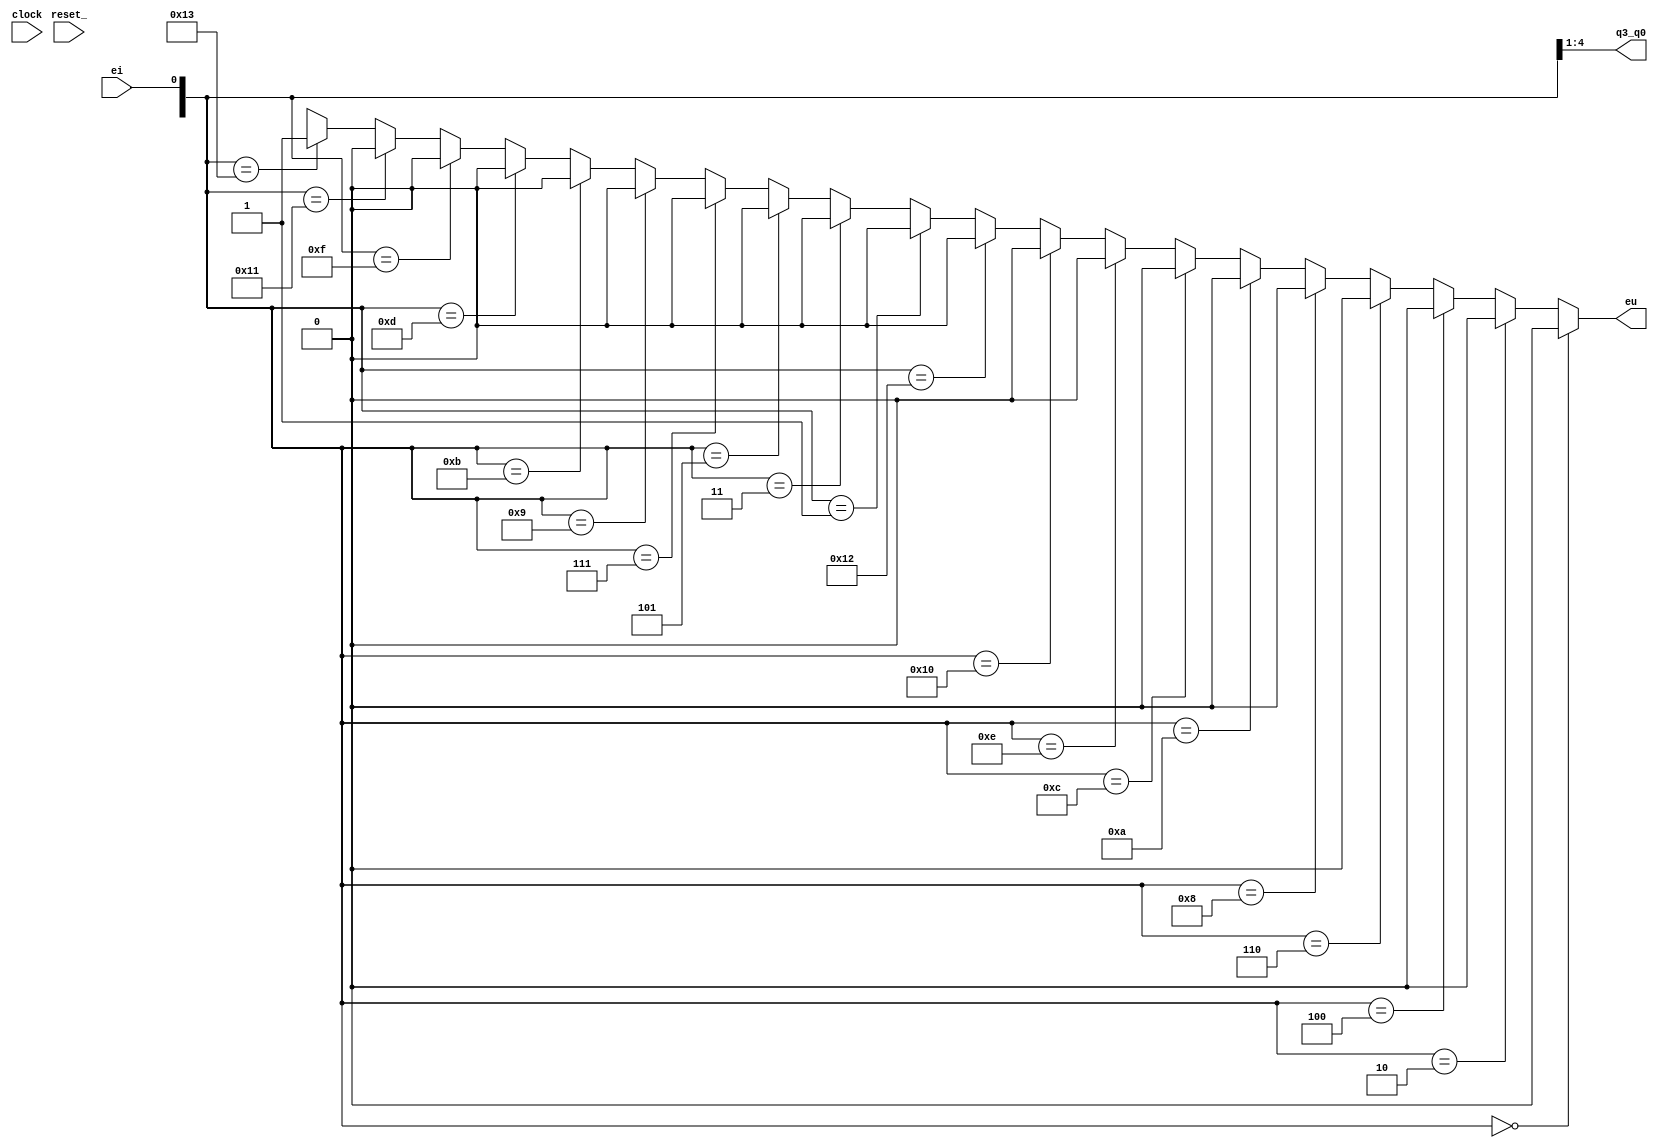
module Elemento_Contatore_Base_3(eu, q3_q0, ei, clock, reset_);
    input clock, reset_;
    input ei;
    output eu;
    output [3:0] q3_q0;

    reg [3:0] OUTR;
    assign q=OUTR;

    wire [3:0] a1_a0;   // variabile di uscita dell'incrementatore

    assign {a1_a0, eu} = ({q3_q0, ei} == 'B00000)?'B00000:  // 0 + 0 = 0
                         ({q3_q0, ei} == 'B00010)?'B00010:  // 1 + 0 = 1
                         ({q3_q0, ei} == 'B00100)?'B00100:  // 2 + 0 = 2
                         ({q3_q0, ei} == 'B00110)?'B00110:  // 3 + 0 = 3
                         ({q3_q0, ei} == 'B01000)?'B01000:  // 4 + 0 = 4
                         ({q3_q0, ei} == 'B01010)?'B01010:  // 5 + 0 = 5
                         ({q3_q0, ei} == 'B01100)?'B01100:  // 6 + 0 = 6
                         ({q3_q0, ei} == 'B01110)?'B01110:  // 7 + 0 = 7
                         ({q3_q0, ei} == 'B10000)?'B10000:  // 8 + 0 = 8
                         ({q3_q0, ei} == 'B10010)?'B10010:  // 9 + 0 = 9
                         ({q3_q0, ei} == 'B00001)?'B00010:  // 0 + 1 = 1
                         ({q3_q0, ei} == 'B00011)?'B00100:  // 1 + 1 = 2
                         ({q3_q0, ei} == 'B00101)?'B00110:  // 2 + 1 = 3
                         ({q3_q0, ei} == 'B00111)?'B01000:  // 3 + 1 = 4
                         ({q3_q0, ei} == 'B01001)?'B01010:  // 4 + 1 = 5
                         ({q3_q0, ei} == 'B01011)?'B01100:  // 5 + 1 = 6
                         ({q3_q0, ei} == 'B01101)?'B01110:  // 6 + 1 = 7
                         ({q3_q0, ei} == 'B01111)?'B10000:  // 7 + 1 = 8
                         ({q3_q0, ei} == 'B10001)?'B10010:  // 8 + 1 = 9
                         ({q3_q0, ei} == 'B10011)?'B00001:  // 9 + 1 = 0 => ei = 1
                         /* default */  'BXXXXX;

    always @(reset_ == 0) #1 OUTR<='H0;
    always @(posedge clock) if (reset_ == 1) #3 OUTR <= a3_a0;
endmodule